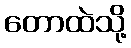
တောထဲသို့